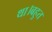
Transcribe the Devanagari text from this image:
था।बहुत